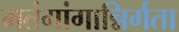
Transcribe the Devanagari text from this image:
मतंगांगान्निर्गता